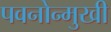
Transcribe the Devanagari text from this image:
पवनोन्मुखी